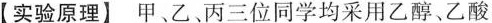
【实验原理】甲、乙丙三位同学均采用乙醇、乙酸